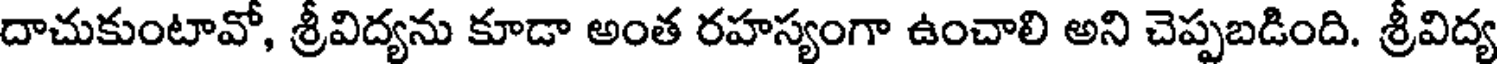
దాచుకుంటావో, శ్రీవిద్యను కూడా అంత రహస్యంగా ఉంచాలి అని చెప్పబడింది. శ్రీవిద్య